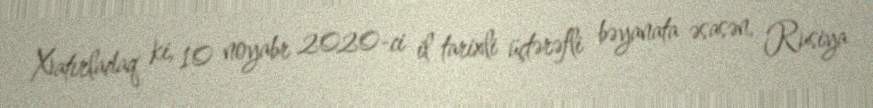
Xatırladaq ki, 10 noyabr 2020-ci il tarixli üçtərəfli bəyanata əsasən, Rusiya